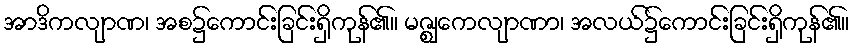
အာဒိကလျာဏ၊ အစ၌ကောင်းခြင်းရှိကုန်၏။ မဇ္ဈေကလျာဏာ၊ အလယ်၌ကောင်းခြင်းရှိကုန်၏။